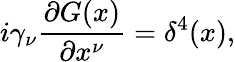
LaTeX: i\gamma_{\nu}\frac{\partial G(x)}{\partial x^{\nu}}=\delta^{4}(x),